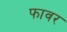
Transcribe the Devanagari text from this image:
फावर